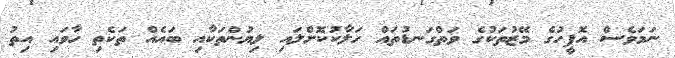
ނަމަވެސް އޮފީހުގެ މޭޒުތަކުގެ ވަތްގަނޑުތައް ހަލާކުކޮށްލައި ލިޔުންތަކާއި ބައެއް ތަކެތި ހާވައި އިތު